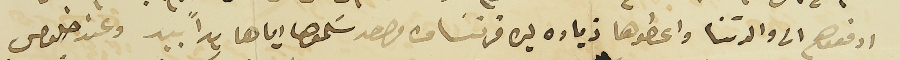
ادفعوهم الى والدتنا واعطوها زياده ليره فرنساوى واحد سَلموها اياها يداً بيد وعند خلوص